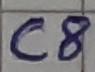
Text: C8